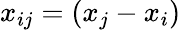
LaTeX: x_{ij}=(x_{j}-x_{i})